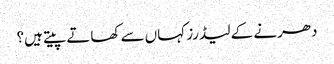
دھرنے کے لیڈرز کہاں سے کھاتے پیتے ہیں؟